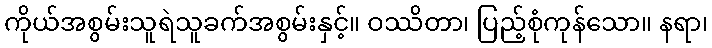
ကိုယ်အစွမ်းသူရဲသူခက်အစွမ်းနှင့်။ ဝဿိတာ၊ ပြည့်စုံကုန်သော။ နရာ၊